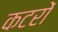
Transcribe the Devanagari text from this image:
कटरों